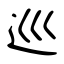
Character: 巡